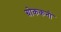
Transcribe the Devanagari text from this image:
ग्रोककनो